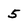
Character: 5